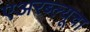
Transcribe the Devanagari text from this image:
एअरब्ल्यूचा